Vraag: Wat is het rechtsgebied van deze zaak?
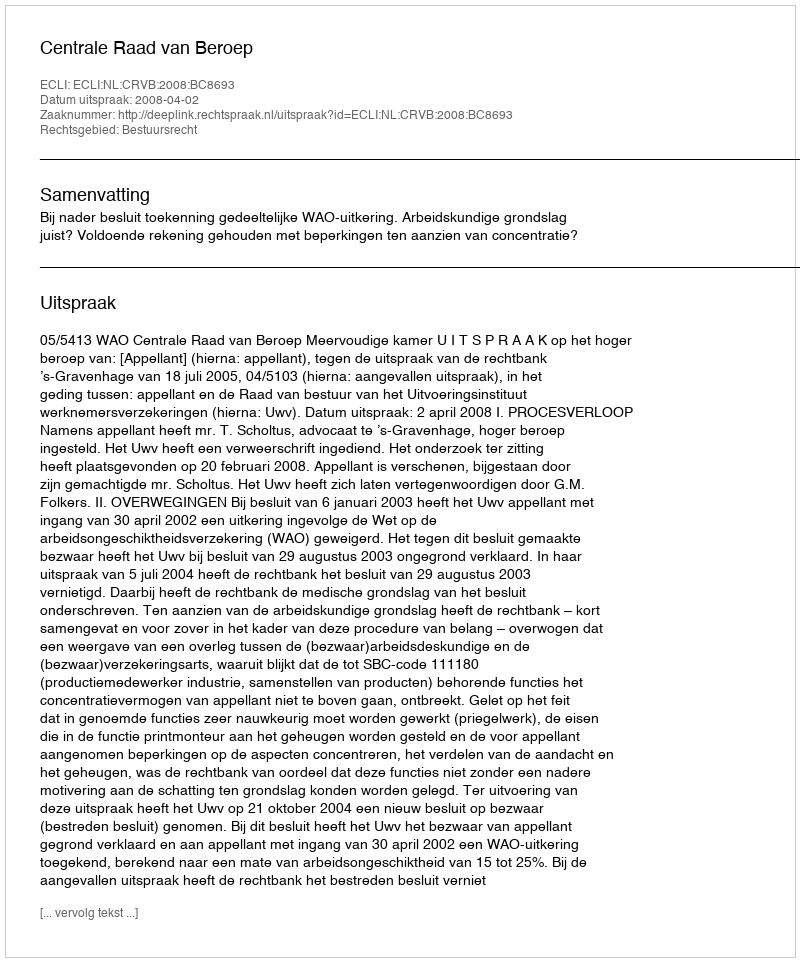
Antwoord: Bestuursrecht